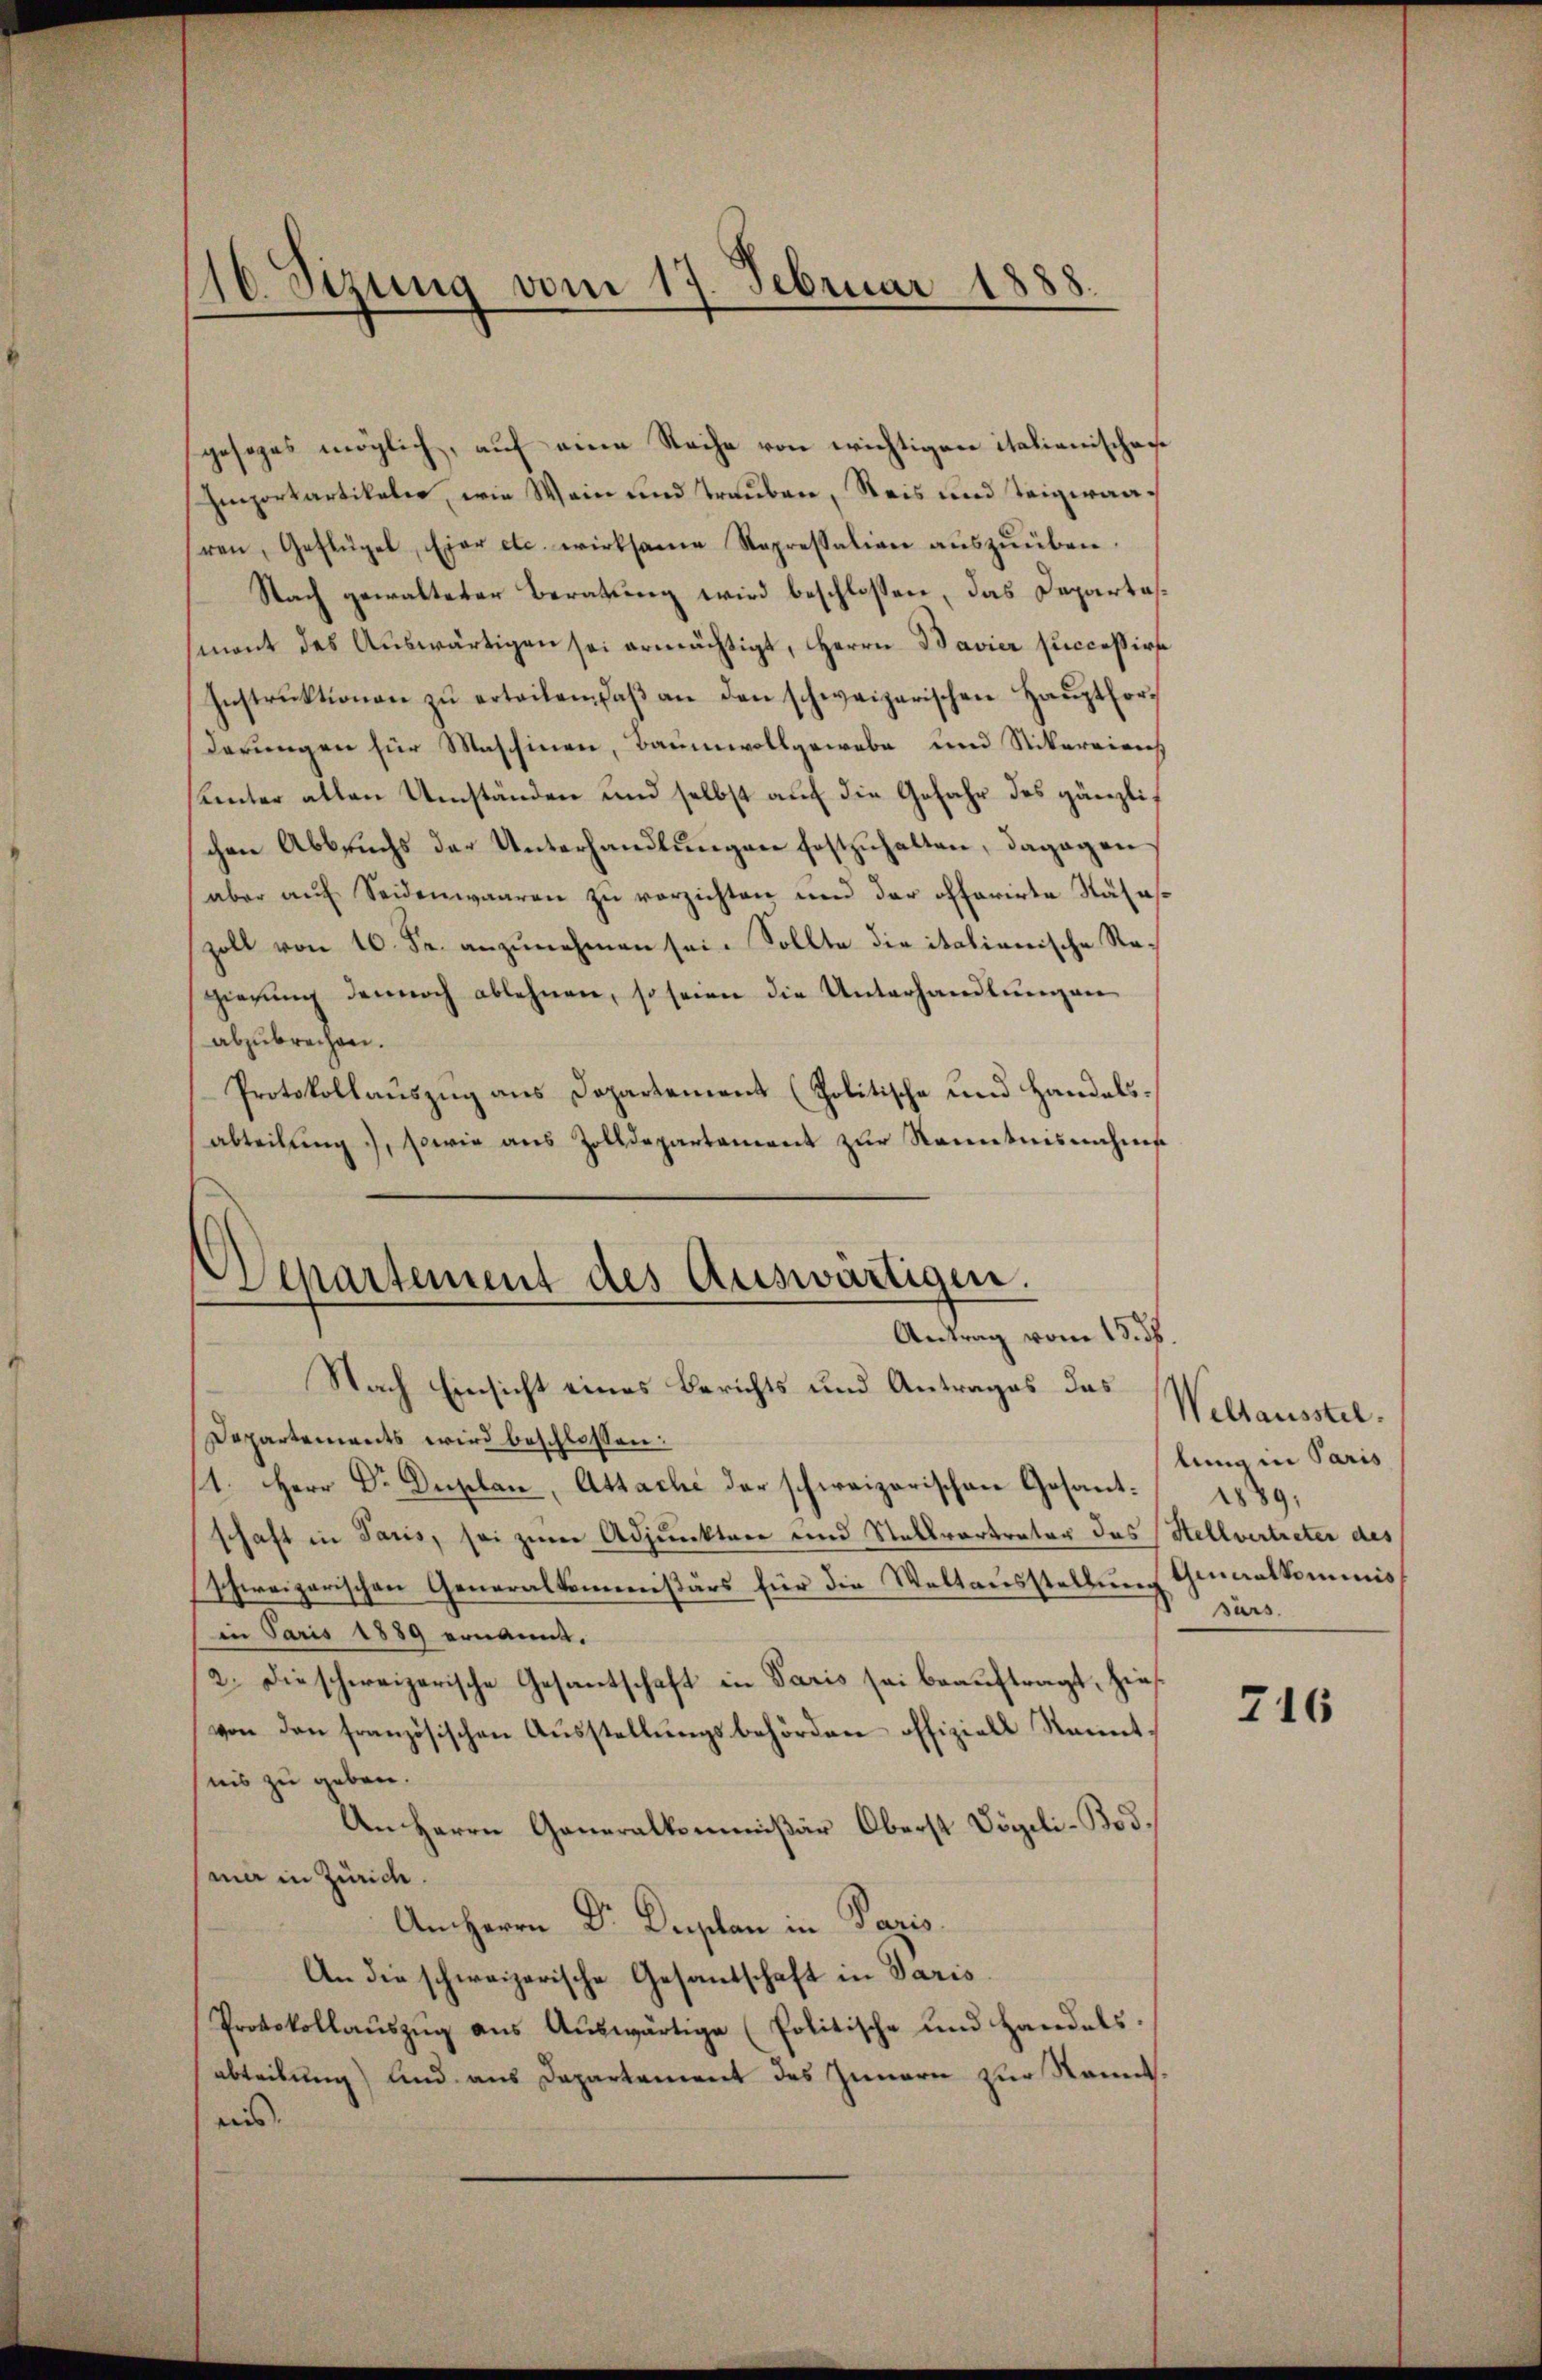
gesezes möglich, auf eine Reihe von wichtigen italienischene
Importartikaler, wie Wein und Trauben, Reis und Teigwaahren, Geflügel, Eier etc. wirksame Repressalien auszuüben.
Nach gewalteter Beratung wird beschlossen, das Departalmont des Auswärtigen sei ermächtigt, Herrn Bavier successirte
Instrŭktionen zŭ erteilen, daβ an den schweizerischen Haŭptforderungen für Maschinen, Baumwollgewebe und Nikareiens
inter allen Umständen und selbst auf die Gefahr des gänzlichen Abbruchs der Unterhandlungen festzuhalten, dagegen
aber auf Seidenwaaren zu verzichten und der offerirte Nähaszoll von 10. Fr. anzunehmen sei. Sollte die italienische Regierŭng dennoch ablehnen, so seien die Unterhandlungen
abzubrechen.
Protokollauszug aus Dopartement (Politische und Handelsabteilŭng, sowie aus Zolldepartement zur Kenntnisnahms
Departement des Auswärtigen.
Antrag vom 15. ds.

16. Sizung vom 17. Februar 1888.

Nach Einsicht eines Berichts und Antrages das
Departements wird beschlossen:
1. Herr Dr. Duplan, Attache der schweizerischen Gesantschaft in Paris, sei zum Adjunkten und Stellvertrator des (Stellvertreter des
schweizerischen Generalkommissärs für die Weltausstellung Genualkommnisin Paris 1889 ernannt.
2.) Die schweizerische Gesantschaft in Paris sei beauftragt, hies
von den französischen Ausstellungsbehörden offiziell Kenntnis zu geben.
An Herrn Generalkommißär Oberst Vögeli-Bod.
mar in Zürich.
An Herrn Dr. Duplan in Paris.
An die schweizerische Gesandschaft in Paris.
Protokollauszug aus Auswärtige (Politische und Handels.
abteibung) und aus Departement des Innern zur Kenntais.

Weltausstel.
lung in Paris
9
surs.

716